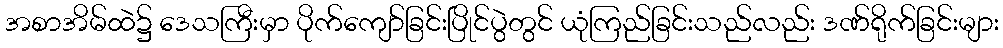
အစာအိမ်ထဲ၌ ဒေသကြီးမှာ ပိုက်ကျော်ခြင်းပြိုင်ပွဲတွင် ယုံကြည်ခြင်းသည်လည်း ဒဏ်ရိုက်ခြင်းများ